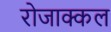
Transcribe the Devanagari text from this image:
रोजाक्कल